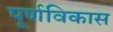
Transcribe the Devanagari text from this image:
पूर्णविकास